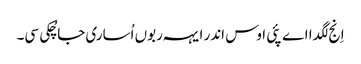
اِنج لگدا اے پئی اوس اندر ایہہ ربوں اُساری جا چُکی سی۔